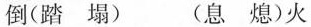
倒(踏塌) (息熄)火